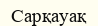
Сарқауақ